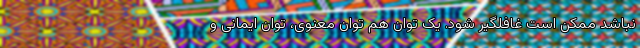
نباشد ممکن است غافلگیر شود. یک توان هم توان معنوی، توان ایمانی و